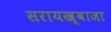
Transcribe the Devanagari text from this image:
सरायख्वाजा